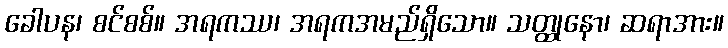
ခေါပန၊ စင်စစ်။ အရကဿ၊ အရကအမည်ရှိသော။ သတ္ထုနော၊ ဆရာအား။